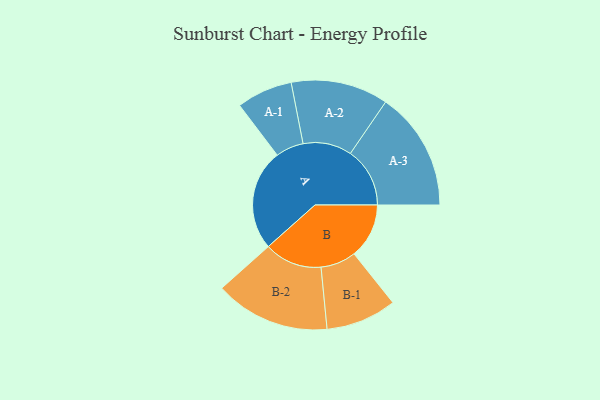
{"axis": {"x": "Segment", "y": "Value"}, "legend": ["", "A", "B"], "data": [{"x": "A", "y": 449, "type": ""}, {"x": "B", "y": 244, "type": ""}, {"x": "A-1", "y": 124, "type": "A"}, {"x": "A-2", "y": 216, "type": "A"}, {"x": "A-3", "y": 264, "type": "A"}, {"x": "B-1", "y": 157, "type": "B"}, {"x": "B-2", "y": 256, "type": "B"}]}